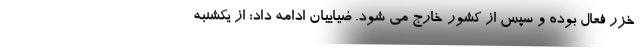
خزر فعال بوده و سپس از کشور خارج می شود. ضیاییان ادامه داد: از یکشنبه